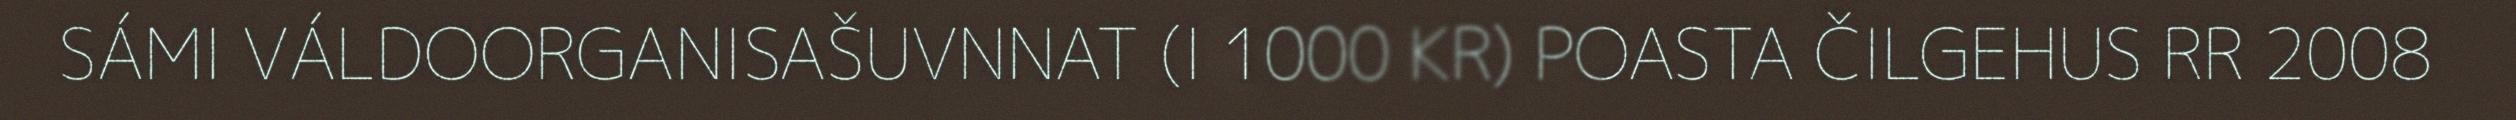
SÁMI VÁLDOORGANISAŠUVNNAT (I 1000 KR) POASTA ČILGEHUS RR 2008